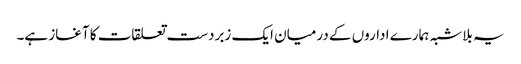
یہ بلاشبہ ہمارے اداروں کے درمیان ایک زبردست تعلقات کا آغاز ہے۔